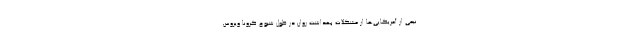
نیمی از آمریکایی‌ها از مشکلات بهداشت روان در طول شیوع کرونا ویروس